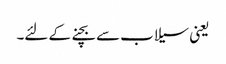
یعنی سیلاب سے بچنے کے لئے۔